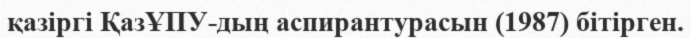
қазіргі ҚазҰПУ-дың аспирантурасын (1987) бітірген.